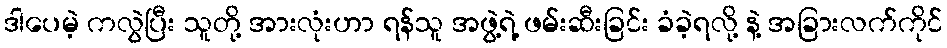
ဒါပေမဲ့ ကလွဲပြီး သူတို့ အားလုံးဟာ ရန်သူ အဖွဲ့ရဲ့ ဖမ်းဆီးခြင်း ခံခဲ့ရလို့ နဲ့ အခြားလက်ကိုင်